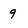
Character: 9